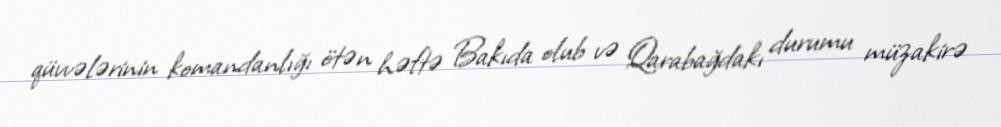
qüvvələrinin komandanlığı ötən həftə Bakıda olub və Qarabağdakı durumu müzakirə